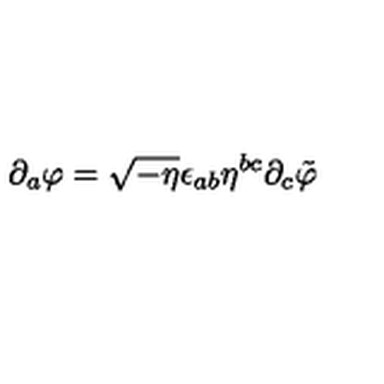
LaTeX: \partial _ { a } \varphi = \sqrt { - \eta } \epsilon _ { a b } \eta ^ { b c } \partial _ { c } \tilde { \varphi }